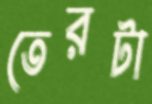
তেরটা